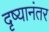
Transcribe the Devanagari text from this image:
दृष्यानंतर